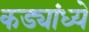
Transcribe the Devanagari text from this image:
कड्यांध्ये